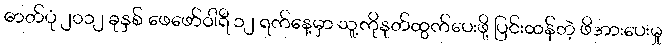
ဓာတ်ပုံ ၂၀၁၂ ခုနှစ် ဖေဖော်ဝါရီ ၁၂ ရက်နေ့မှာ သူ့ကိုနုတ်ထွက်ပေးဖို့ ပြင်းထန်တဲ့ ဖိအားပေးမှု